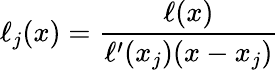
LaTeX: \ell_{j}(x)={\frac{\ell(x)}{\ell^{\prime}(x_{j})(x-x_{j})}}